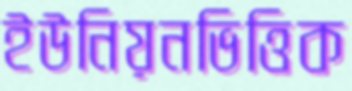
ইউনিয়নভিত্তিক